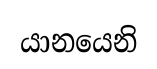
යානයෙනි